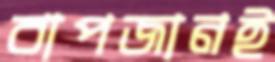
বাপজানই